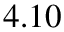
4 . 1 0